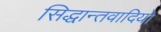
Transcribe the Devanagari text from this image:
सिद्धान्तवादियो